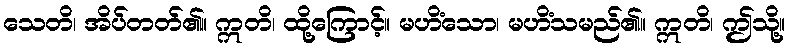
သေတိ၊ အိပ်တတ်၏။ ဣတိ၊ ထို့ကြောင့်။ မဟိံသော၊ မဟိံသမည်၏။ ဣတိ၊ ဤသို့။